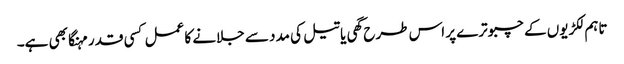
تاہم لکڑیوں کے چبوترے پر اس طرح گھی یا تیل کی مدد سے جلانے کا عمل کسی قدر مہنگا بھی ہے۔